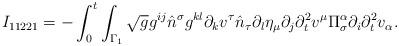
LaTeX: \begin{align*} I_{11221} &= - \int_{0}^{t} \int_{\Gamma_1} \sqrt{g} g^{ij} \hat n^{\sigma} g^{kl}\partial_{k}v^{\tau}\hat n_{\tau}\partial_{l}\eta_{\mu} \partial_{j}\partial_{t}^{2}v^{\mu} \Pi_{\sigma}^{\alpha} \partial_{i} \partial_{t}^{2} v_{\alpha} . \end{align*}